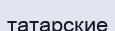
татарские